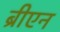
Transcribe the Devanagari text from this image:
ब्रीएन